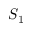
S _ { 1 }